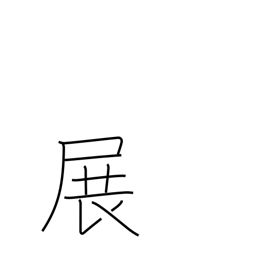
Meaning: unfold